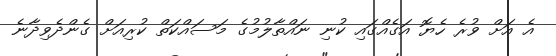
އެ އަށް ވުރެ ހެޔޮ އަގެއްގައި ކުނި ނައްތާލުމުގެ މަސައްކަތް ކުރިއަށް ގެންދެވިދާނެ